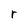
Character: r